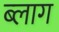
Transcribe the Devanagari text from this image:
ब्‍लाग